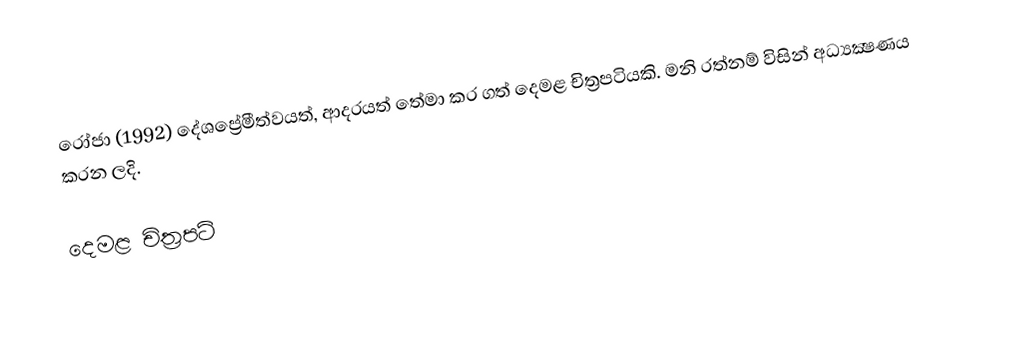
රෝජා (1992) දේශප්‍රේමීත්වයත්, ආදරයත් තේමා කර ගත් දෙමළ චිත්‍රපටියකි. මනි රත්නම් විසින් අධ්‍යක්‍ෂණය කරන ලදි.

දෙමළ චිත්‍රපටි